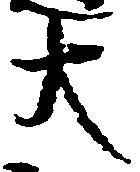
大